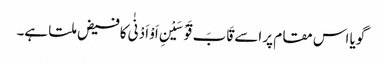
گویا اس مقام پر اسے قَابَ قَوْسَیْنِ اَوْ اَدْنٰی کافیض ملتا ہے۔